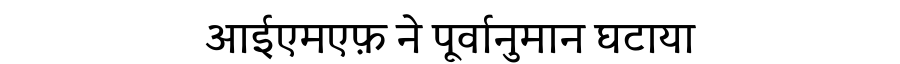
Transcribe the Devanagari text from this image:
आईएमएफ़ ने पूर्वानुमान घटाया